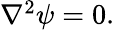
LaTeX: \begin{array}{r}{\nabla^{2}\psi=0.}\end{array}